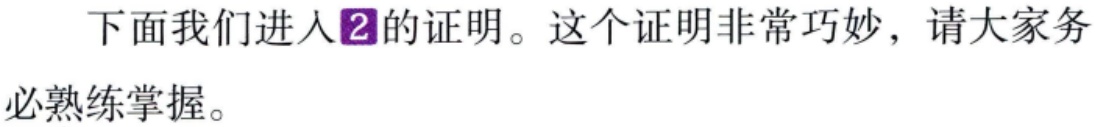
下面我们进入\(2\)的证明。这个证明非常巧妙，请大家务必熟练掌握。